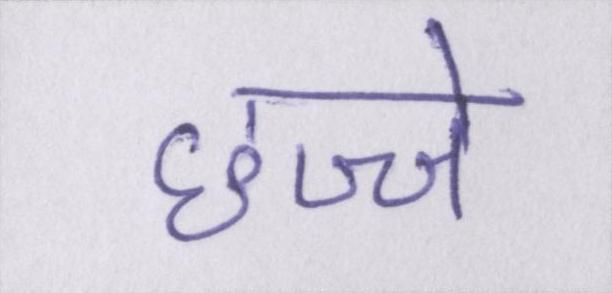
छज्जे